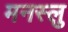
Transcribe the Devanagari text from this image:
मनस्लु